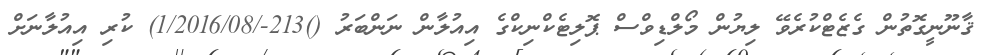
ޤާނޫނީގޮތުން ގެޒެޓްކުރެވޭ ލިޔުން މޯލްޑިވްސް ޕޮލިޓެކްނިކްގެ އިއުލާން ނަންބަރު ()213-/1/2016/08) ކުރި އިއުލާނަށް